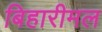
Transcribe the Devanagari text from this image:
बिहारीमल